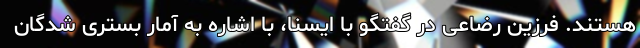
هستند. فرزین رضاعی در گفتگو با ایسنا، با اشاره به آمار بستری شدگان